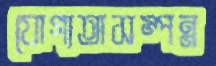
যোগ্যতাসম্পন্ন